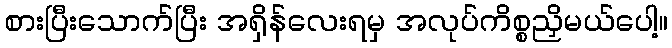
စားပြီးသောက်ပြီး အရှိန်လေးရမှ အလုပ်ကိစ္စညှိမယ်ပေါ့။